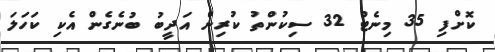
ކޮށްފި 35 މިނެޓް 32 ސިކުންތު ކުރިން އަދީބު ބުނެގެން އެކި ކަހަލަ